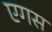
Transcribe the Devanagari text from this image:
एगस